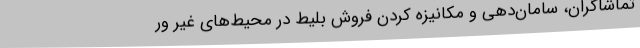
تماشاگران، ‌سامان‌دهی و مکانیزه کردن فروش بلیط در محیط‌های غیر ور